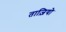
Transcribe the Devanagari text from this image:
ताज़ियो